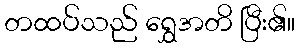
တထပ်သည် ရွှေအတိ ပြီး၏။